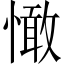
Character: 㦑